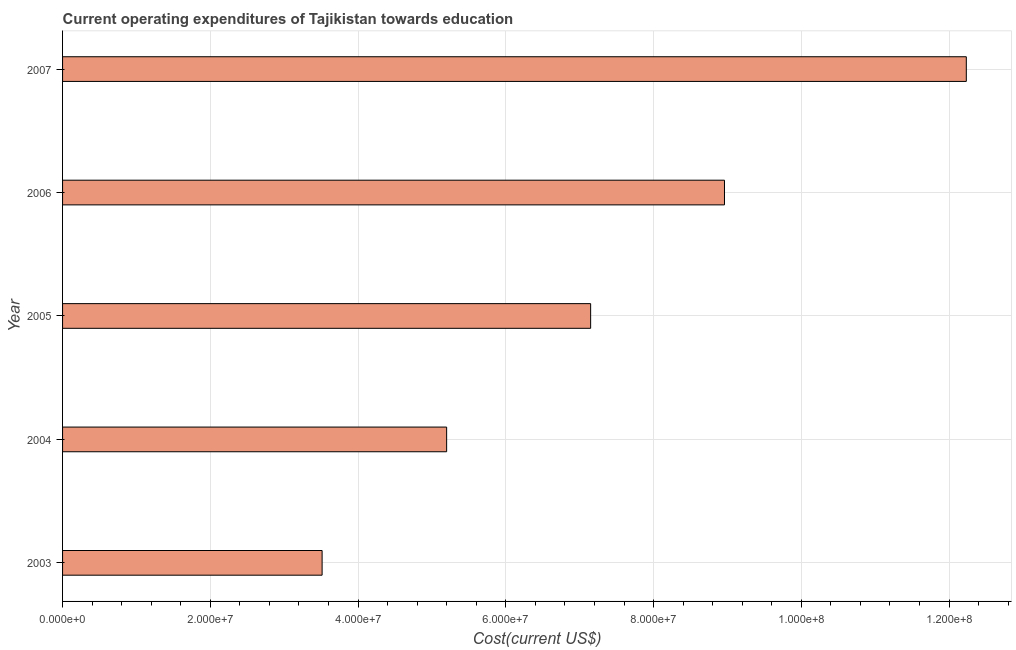
| Year | Education expenditure |
 | --- | --- |
 | 2003 | 3.51e+07 |
 | 2004 | 5.2e+07 |
 | 2005 | 7.15e+07 |
 | 2006 | 8.96e+07 |
 | 2007 | 1.22e+08 |